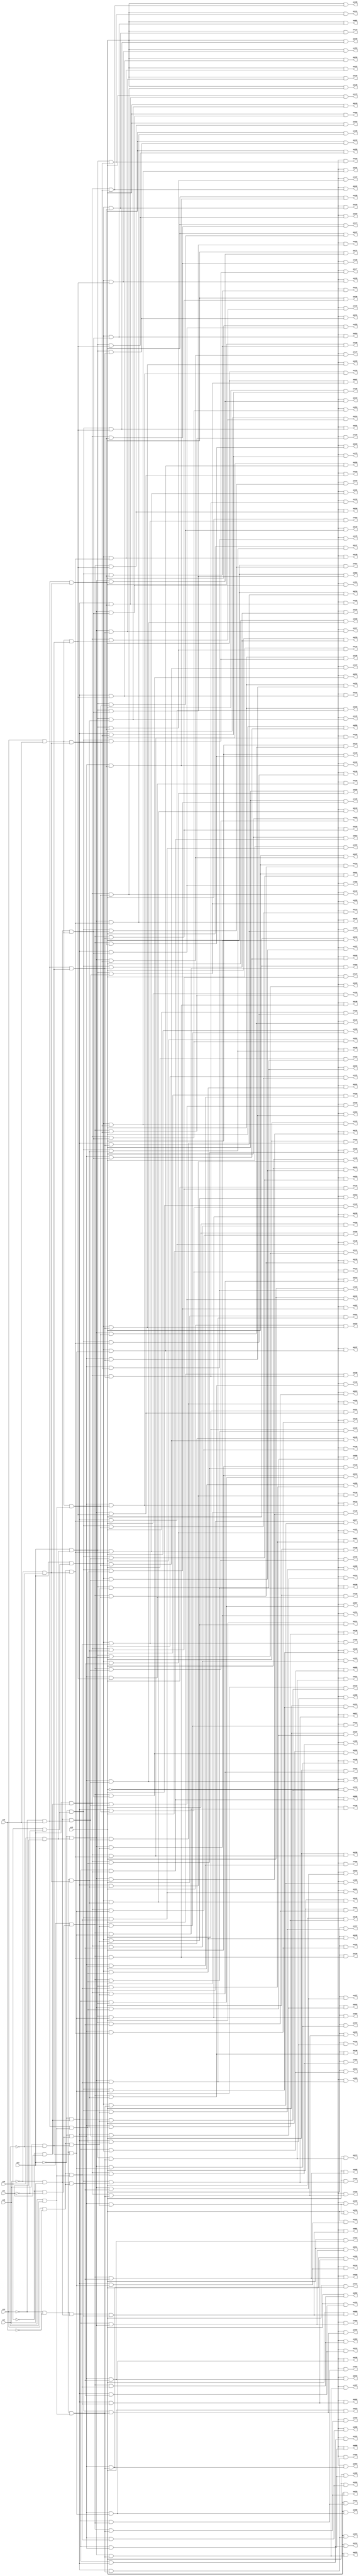
module dec_best_speed (
        pi0, pi1, pi2, pi3, pi4, pi5, pi6, pi7, 
        po000, po001, po002, po003, po004, po005, po006, po007, po008, po009, po010, po011, po012, po013, po014, po015, po016, po017, po018, po019, po020, po021, po022, po023, po024, po025, po026, po027, po028, po029, po030, po031, po032, po033, po034, po035, po036, po037, po038, po039, po040, po041, po042, po043, po044, po045, po046, po047, po048, po049, po050, po051, po052, po053, po054, po055, po056, po057, po058, po059, po060, po061, po062, po063, po064, po065, po066, po067, po068, po069, po070, po071, po072, po073, po074, po075, po076, po077, po078, po079, po080, po081, po082, po083, po084, po085, po086, po087, po088, po089, po090, po091, po092, po093, po094, po095, po096, po097, po098, po099, po100, po101, po102, po103, po104, po105, po106, po107, po108, po109, po110, po111, po112, po113, po114, po115, po116, po117, po118, po119, po120, po121, po122, po123, po124, po125, po126, po127, po128, po129, po130, po131, po132, po133, po134, po135, po136, po137, po138, po139, po140, po141, po142, po143, po144, po145, po146, po147, po148, po149, po150, po151, po152, po153, po154, po155, po156, po157, po158, po159, po160, po161, po162, po163, po164, po165, po166, po167, po168, po169, po170, po171, po172, po173, po174, po175, po176, po177, po178, po179, po180, po181, po182, po183, po184, po185, po186, po187, po188, po189, po190, po191, po192, po193, po194, po195, po196, po197, po198, po199, po200, po201, po202, po203, po204, po205, po206, po207, po208, po209, po210, po211, po212, po213, po214, po215, po216, po217, po218, po219, po220, po221, po222, po223, po224, po225, po226, po227, po228, po229, po230, po231, po232, po233, po234, po235, po236, po237, po238, po239, po240, po241, po242, po243, po244, po245, po246, po247, po248, po249, po250, po251, po252, po253, po254, po255);
input pi0, pi1, pi2, pi3, pi4, pi5, pi6, pi7;
output po000, po001, po002, po003, po004, po005, po006, po007, po008, po009, po010, po011, po012, po013, po014, po015, po016, po017, po018, po019, po020, po021, po022, po023, po024, po025, po026, po027, po028, po029, po030, po031, po032, po033, po034, po035, po036, po037, po038, po039, po040, po041, po042, po043, po044, po045, po046, po047, po048, po049, po050, po051, po052, po053, po054, po055, po056, po057, po058, po059, po060, po061, po062, po063, po064, po065, po066, po067, po068, po069, po070, po071, po072, po073, po074, po075, po076, po077, po078, po079, po080, po081, po082, po083, po084, po085, po086, po087, po088, po089, po090, po091, po092, po093, po094, po095, po096, po097, po098, po099, po100, po101, po102, po103, po104, po105, po106, po107, po108, po109, po110, po111, po112, po113, po114, po115, po116, po117, po118, po119, po120, po121, po122, po123, po124, po125, po126, po127, po128, po129, po130, po131, po132, po133, po134, po135, po136, po137, po138, po139, po140, po141, po142, po143, po144, po145, po146, po147, po148, po149, po150, po151, po152, po153, po154, po155, po156, po157, po158, po159, po160, po161, po162, po163, po164, po165, po166, po167, po168, po169, po170, po171, po172, po173, po174, po175, po176, po177, po178, po179, po180, po181, po182, po183, po184, po185, po186, po187, po188, po189, po190, po191, po192, po193, po194, po195, po196, po197, po198, po199, po200, po201, po202, po203, po204, po205, po206, po207, po208, po209, po210, po211, po212, po213, po214, po215, po216, po217, po218, po219, po220, po221, po222, po223, po224, po225, po226, po227, po228, po229, po230, po231, po232, po233, po234, po235, po236, po237, po238, po239, po240, po241, po242, po243, po244, po245, po246, po247, po248, po249, po250, po251, po252, po253, po254, po255;
wire one, w0, w1, w2, w3, w4, w5, w6, w7, w8, w9, w10, w11, w12, w13, w14, w15, w16, w17, w18, w19, w20, w21, w22, w23, w24, w25, w26, w27, w28, w29, w30, w31, w32, w33, w34, w35, w36, w37, w38, w39, w40, w41, w42, w43, w44, w45, w46, w47, w48, w49, w50, w51, w52, w53, w54, w55, w56, w57, w58, w59, w60, w61, w62, w63, w64, w65, w66, w67, w68, w69, w70, w71, w72, w73, w74, w75, w76, w77, w78, w79, w80, w81, w82, w83, w84, w85, w86, w87, w88, w89, w90, w91, w92, w93, w94, w95, w96, w97, w98, w99, w100, w101, w102, w103, w104, w105, w106, w107, w108, w109, w110, w111, w112, w113, w114, w115, w116, w117, w118, w119, w120, w121, w122, w123, w124, w125, w126, w127, w128, w129, w130, w131, w132, w133, w134, w135, w136, w137, w138, w139, w140, w141, w142, w143, w144, w145, w146, w147, w148, w149, w150, w151, w152, w153, w154, w155, w156, w157, w158, w159, w160, w161, w162, w163, w164, w165, w166, w167, w168, w169, w170, w171, w172, w173, w174, w175, w176, w177, w178, w179, w180, w181, w182, w183, w184, w185, w186, w187, w188, w189, w190, w191, w192, w193, w194, w195, w196, w197, w198, w199, w200, w201, w202, w203, w204, w205, w206, w207, w208, w209, w210, w211, w212, w213, w214, w215, w216, w217, w218, w219, w220, w221, w222, w223, w224, w225, w226, w227, w228, w229, w230, w231, w232, w233, w234, w235, w236, w237, w238, w239, w240, w241, w242, w243, w244, w245, w246, w247, w248, w249, w250, w251, w252, w253, w254, w255, w256, w257, w258, w259, w260, w261, w262, w263, w264, w265, w266, w267, w268, w269, w270, w271, w272, w273, w274, w275, w276, w277, w278, w279, w280, w281, w282, w283, w284, w285, w286, w287, w288, w289, w290, w291, w292, w293, w294, w295, w296, w297, w298, w299, w300, w301, w302, w303, w304, w305, w306, w307, w308, w309, w310, w311, w312, w313, w314, w315, w316, w317, w318, w319, w320, w321, w322, w323, w324, w325, w326, w327, w328, w329, w330, w331, w332, w333, w334, w335, w336, w337, w338, w339, w340, w341, w342, w343, w344, w345, w346, w347, w348, w349, w350, w351, w352, w353, w354, w355, w356, w357, w358, w359, w360, w361, w362, w363, w364, w365, w366, w367, w368, w369, w370, w371, w372, w373, w374, w375, w376, w377, w378, w379, w380, w381, w382, w383, w384, w385, w386, w387, w388, w389, w390, w391, w392, w393, w394, w395, w396, w397, w398, w399, w400, w401, w402, w403, w404, w405, w406, w407, w408, w409, w410, w411, w412, w413, w414, w415, w416, w417, w418, w419;
assign w0 = ~pi4 & ~pi5;
assign w1 = ~pi6 & pi7;
assign w2 = w0 & w1;
assign w3 = ~pi0 & ~pi1;
assign w4 = ~pi2 & w3;
assign w5 = w2 & w4;
assign w6 = ~pi3 & w5;
assign w7 = pi0 & ~pi1;
assign w8 = ~pi2 & w7;
assign w9 = w2 & w8;
assign w10 = ~pi3 & w9;
assign w11 = ~pi0 & pi1;
assign w12 = ~pi2 & w11;
assign w13 = w2 & w12;
assign w14 = ~pi3 & w13;
assign w15 = pi0 & pi1;
assign w16 = ~pi2 & w15;
assign w17 = w2 & w16;
assign w18 = ~pi3 & w17;
assign w19 = pi2 & w3;
assign w20 = w2 & w19;
assign w21 = ~pi3 & w20;
assign w22 = pi2 & w7;
assign w23 = w2 & w22;
assign w24 = ~pi3 & w23;
assign w25 = pi2 & w11;
assign w26 = w2 & w25;
assign w27 = ~pi3 & w26;
assign w28 = pi2 & w15;
assign w29 = w2 & w28;
assign w30 = ~pi3 & w29;
assign w31 = pi3 & w5;
assign w32 = pi3 & w9;
assign w33 = pi3 & w13;
assign w34 = pi3 & w17;
assign w35 = pi3 & w20;
assign w36 = pi3 & w23;
assign w37 = pi3 & w26;
assign w38 = pi3 & w29;
assign w39 = pi4 & ~pi5;
assign w40 = w1 & w39;
assign w41 = w4 & w40;
assign w42 = ~pi3 & w41;
assign w43 = w8 & w40;
assign w44 = ~pi3 & w43;
assign w45 = w12 & w40;
assign w46 = ~pi3 & w45;
assign w47 = w16 & w40;
assign w48 = ~pi3 & w47;
assign w49 = w19 & w40;
assign w50 = ~pi3 & w49;
assign w51 = w22 & w40;
assign w52 = ~pi3 & w51;
assign w53 = w25 & w40;
assign w54 = ~pi3 & w53;
assign w55 = w28 & w40;
assign w56 = ~pi3 & w55;
assign w57 = pi3 & w41;
assign w58 = pi3 & w43;
assign w59 = pi3 & w45;
assign w60 = pi3 & w47;
assign w61 = pi3 & w49;
assign w62 = pi3 & w51;
assign w63 = pi3 & w53;
assign w64 = pi3 & w55;
assign w65 = ~pi4 & pi5;
assign w66 = w1 & w65;
assign w67 = w4 & w66;
assign w68 = ~pi3 & w67;
assign w69 = w8 & w66;
assign w70 = ~pi3 & w69;
assign w71 = w12 & w66;
assign w72 = ~pi3 & w71;
assign w73 = w16 & w66;
assign w74 = ~pi3 & w73;
assign w75 = w19 & w66;
assign w76 = ~pi3 & w75;
assign w77 = w22 & w66;
assign w78 = ~pi3 & w77;
assign w79 = w25 & w66;
assign w80 = ~pi3 & w79;
assign w81 = w28 & w66;
assign w82 = ~pi3 & w81;
assign w83 = pi3 & w67;
assign w84 = pi3 & w69;
assign w85 = pi3 & w71;
assign w86 = pi3 & w73;
assign w87 = pi3 & w75;
assign w88 = pi3 & w77;
assign w89 = pi3 & w79;
assign w90 = pi3 & w81;
assign w91 = pi4 & pi5;
assign w92 = w1 & w91;
assign w93 = w4 & w92;
assign w94 = ~pi3 & w93;
assign w95 = w8 & w92;
assign w96 = ~pi3 & w95;
assign w97 = w12 & w92;
assign w98 = ~pi3 & w97;
assign w99 = w16 & w92;
assign w100 = ~pi3 & w99;
assign w101 = w19 & w92;
assign w102 = ~pi3 & w101;
assign w103 = w22 & w92;
assign w104 = ~pi3 & w103;
assign w105 = w25 & w92;
assign w106 = ~pi3 & w105;
assign w107 = w28 & w92;
assign w108 = ~pi3 & w107;
assign w109 = pi3 & w93;
assign w110 = pi3 & w95;
assign w111 = pi3 & w97;
assign w112 = pi3 & w99;
assign w113 = pi3 & w101;
assign w114 = pi3 & w103;
assign w115 = pi3 & w105;
assign w116 = pi3 & w107;
assign w117 = pi6 & pi7;
assign w118 = w0 & w117;
assign w119 = w4 & w118;
assign w120 = ~pi3 & w119;
assign w121 = w8 & w118;
assign w122 = ~pi3 & w121;
assign w123 = w12 & w118;
assign w124 = ~pi3 & w123;
assign w125 = w16 & w118;
assign w126 = ~pi3 & w125;
assign w127 = w19 & w118;
assign w128 = ~pi3 & w127;
assign w129 = w22 & w118;
assign w130 = ~pi3 & w129;
assign w131 = w25 & w118;
assign w132 = ~pi3 & w131;
assign w133 = w28 & w118;
assign w134 = ~pi3 & w133;
assign w135 = pi3 & w119;
assign w136 = pi3 & w121;
assign w137 = pi3 & w123;
assign w138 = pi3 & w125;
assign w139 = pi3 & w127;
assign w140 = pi3 & w129;
assign w141 = pi3 & w131;
assign w142 = pi3 & w133;
assign w143 = w39 & w117;
assign w144 = w4 & w143;
assign w145 = ~pi3 & w144;
assign w146 = w8 & w143;
assign w147 = ~pi3 & w146;
assign w148 = w12 & w143;
assign w149 = ~pi3 & w148;
assign w150 = w16 & w143;
assign w151 = ~pi3 & w150;
assign w152 = w19 & w143;
assign w153 = ~pi3 & w152;
assign w154 = w22 & w143;
assign w155 = ~pi3 & w154;
assign w156 = w25 & w143;
assign w157 = ~pi3 & w156;
assign w158 = w28 & w143;
assign w159 = ~pi3 & w158;
assign w160 = pi3 & w144;
assign w161 = pi3 & w146;
assign w162 = pi3 & w148;
assign w163 = pi3 & w150;
assign w164 = pi3 & w152;
assign w165 = pi3 & w154;
assign w166 = pi3 & w156;
assign w167 = pi3 & w158;
assign w168 = w65 & w117;
assign w169 = w4 & w168;
assign w170 = ~pi3 & w169;
assign w171 = w8 & w168;
assign w172 = ~pi3 & w171;
assign w173 = w12 & w168;
assign w174 = ~pi3 & w173;
assign w175 = w16 & w168;
assign w176 = ~pi3 & w175;
assign w177 = w19 & w168;
assign w178 = ~pi3 & w177;
assign w179 = w22 & w168;
assign w180 = ~pi3 & w179;
assign w181 = w25 & w168;
assign w182 = ~pi3 & w181;
assign w183 = w28 & w168;
assign w184 = ~pi3 & w183;
assign w185 = pi3 & w169;
assign w186 = pi3 & w171;
assign w187 = pi3 & w173;
assign w188 = pi3 & w175;
assign w189 = pi3 & w177;
assign w190 = pi3 & w179;
assign w191 = pi3 & w181;
assign w192 = pi3 & w183;
assign w193 = w91 & w117;
assign w194 = w4 & w193;
assign w195 = ~pi3 & w194;
assign w196 = w8 & w193;
assign w197 = ~pi3 & w196;
assign w198 = w12 & w193;
assign w199 = ~pi3 & w198;
assign w200 = w16 & w193;
assign w201 = ~pi3 & w200;
assign w202 = w19 & w193;
assign w203 = ~pi3 & w202;
assign w204 = w22 & w193;
assign w205 = ~pi3 & w204;
assign w206 = w25 & w193;
assign w207 = ~pi3 & w206;
assign w208 = w28 & w193;
assign w209 = ~pi3 & w208;
assign w210 = pi3 & w194;
assign w211 = pi3 & w196;
assign w212 = pi3 & w198;
assign w213 = pi3 & w200;
assign w214 = pi3 & w202;
assign w215 = pi3 & w204;
assign w216 = pi3 & w206;
assign w217 = pi3 & w208;
assign w218 = ~pi6 & ~pi7;
assign w219 = w0 & w218;
assign w220 = w4 & w219;
assign w221 = ~pi3 & w220;
assign w222 = w8 & w219;
assign w223 = ~pi3 & w222;
assign w224 = w12 & w219;
assign w225 = ~pi3 & w224;
assign w226 = w16 & w219;
assign w227 = ~pi3 & w226;
assign w228 = w19 & w219;
assign w229 = ~pi3 & w228;
assign w230 = w22 & w219;
assign w231 = ~pi3 & w230;
assign w232 = w25 & w219;
assign w233 = ~pi3 & w232;
assign w234 = w28 & w219;
assign w235 = ~pi3 & w234;
assign w236 = pi3 & w220;
assign w237 = pi3 & w222;
assign w238 = pi3 & w224;
assign w239 = pi3 & w226;
assign w240 = pi3 & w228;
assign w241 = pi3 & w230;
assign w242 = pi3 & w232;
assign w243 = pi3 & w234;
assign w244 = w39 & w218;
assign w245 = w4 & w244;
assign w246 = ~pi3 & w245;
assign w247 = w8 & w244;
assign w248 = ~pi3 & w247;
assign w249 = w12 & w244;
assign w250 = ~pi3 & w249;
assign w251 = w16 & w244;
assign w252 = ~pi3 & w251;
assign w253 = w19 & w244;
assign w254 = ~pi3 & w253;
assign w255 = w22 & w244;
assign w256 = ~pi3 & w255;
assign w257 = w25 & w244;
assign w258 = ~pi3 & w257;
assign w259 = w28 & w244;
assign w260 = ~pi3 & w259;
assign w261 = pi3 & w245;
assign w262 = pi3 & w247;
assign w263 = pi3 & w249;
assign w264 = pi3 & w251;
assign w265 = pi3 & w253;
assign w266 = pi3 & w255;
assign w267 = pi3 & w257;
assign w268 = pi3 & w259;
assign w269 = w65 & w218;
assign w270 = w4 & w269;
assign w271 = ~pi3 & w270;
assign w272 = w8 & w269;
assign w273 = ~pi3 & w272;
assign w274 = w12 & w269;
assign w275 = ~pi3 & w274;
assign w276 = w16 & w269;
assign w277 = ~pi3 & w276;
assign w278 = w19 & w269;
assign w279 = ~pi3 & w278;
assign w280 = w22 & w269;
assign w281 = ~pi3 & w280;
assign w282 = w25 & w269;
assign w283 = ~pi3 & w282;
assign w284 = w28 & w269;
assign w285 = ~pi3 & w284;
assign w286 = pi3 & w270;
assign w287 = pi3 & w272;
assign w288 = pi3 & w274;
assign w289 = pi3 & w276;
assign w290 = pi3 & w278;
assign w291 = pi3 & w280;
assign w292 = pi3 & w282;
assign w293 = pi3 & w284;
assign w294 = w91 & w218;
assign w295 = w4 & w294;
assign w296 = ~pi3 & w295;
assign w297 = w8 & w294;
assign w298 = ~pi3 & w297;
assign w299 = w12 & w294;
assign w300 = ~pi3 & w299;
assign w301 = w16 & w294;
assign w302 = ~pi3 & w301;
assign w303 = w19 & w294;
assign w304 = ~pi3 & w303;
assign w305 = w22 & w294;
assign w306 = ~pi3 & w305;
assign w307 = w25 & w294;
assign w308 = ~pi3 & w307;
assign w309 = w28 & w294;
assign w310 = ~pi3 & w309;
assign w311 = pi3 & w295;
assign w312 = pi3 & w297;
assign w313 = pi3 & w299;
assign w314 = pi3 & w301;
assign w315 = pi3 & w303;
assign w316 = pi3 & w305;
assign w317 = pi3 & w307;
assign w318 = pi3 & w309;
assign w319 = pi6 & ~pi7;
assign w320 = w0 & w319;
assign w321 = w4 & w320;
assign w322 = ~pi3 & w321;
assign w323 = w8 & w320;
assign w324 = ~pi3 & w323;
assign w325 = w12 & w320;
assign w326 = ~pi3 & w325;
assign w327 = w16 & w320;
assign w328 = ~pi3 & w327;
assign w329 = w19 & w320;
assign w330 = ~pi3 & w329;
assign w331 = w22 & w320;
assign w332 = ~pi3 & w331;
assign w333 = w25 & w320;
assign w334 = ~pi3 & w333;
assign w335 = w28 & w320;
assign w336 = ~pi3 & w335;
assign w337 = pi3 & w321;
assign w338 = pi3 & w323;
assign w339 = pi3 & w325;
assign w340 = pi3 & w327;
assign w341 = pi3 & w329;
assign w342 = pi3 & w331;
assign w343 = pi3 & w333;
assign w344 = pi3 & w335;
assign w345 = w39 & w319;
assign w346 = w4 & w345;
assign w347 = ~pi3 & w346;
assign w348 = w8 & w345;
assign w349 = ~pi3 & w348;
assign w350 = w12 & w345;
assign w351 = ~pi3 & w350;
assign w352 = w16 & w345;
assign w353 = ~pi3 & w352;
assign w354 = w19 & w345;
assign w355 = ~pi3 & w354;
assign w356 = w22 & w345;
assign w357 = ~pi3 & w356;
assign w358 = w25 & w345;
assign w359 = ~pi3 & w358;
assign w360 = w28 & w345;
assign w361 = ~pi3 & w360;
assign w362 = pi3 & w346;
assign w363 = pi3 & w348;
assign w364 = pi3 & w350;
assign w365 = pi3 & w352;
assign w366 = pi3 & w354;
assign w367 = pi3 & w356;
assign w368 = pi3 & w358;
assign w369 = pi3 & w360;
assign w370 = w65 & w319;
assign w371 = w4 & w370;
assign w372 = ~pi3 & w371;
assign w373 = w8 & w370;
assign w374 = ~pi3 & w373;
assign w375 = w12 & w370;
assign w376 = ~pi3 & w375;
assign w377 = w16 & w370;
assign w378 = ~pi3 & w377;
assign w379 = w19 & w370;
assign w380 = ~pi3 & w379;
assign w381 = w22 & w370;
assign w382 = ~pi3 & w381;
assign w383 = w25 & w370;
assign w384 = ~pi3 & w383;
assign w385 = w28 & w370;
assign w386 = ~pi3 & w385;
assign w387 = pi3 & w371;
assign w388 = pi3 & w373;
assign w389 = pi3 & w375;
assign w390 = pi3 & w377;
assign w391 = pi3 & w379;
assign w392 = pi3 & w381;
assign w393 = pi3 & w383;
assign w394 = pi3 & w385;
assign w395 = w91 & w319;
assign w396 = w4 & w395;
assign w397 = ~pi3 & w396;
assign w398 = w8 & w395;
assign w399 = ~pi3 & w398;
assign w400 = w12 & w395;
assign w401 = ~pi3 & w400;
assign w402 = w16 & w395;
assign w403 = ~pi3 & w402;
assign w404 = w19 & w395;
assign w405 = ~pi3 & w404;
assign w406 = w22 & w395;
assign w407 = ~pi3 & w406;
assign w408 = w25 & w395;
assign w409 = ~pi3 & w408;
assign w410 = w28 & w395;
assign w411 = ~pi3 & w410;
assign w412 = pi3 & w396;
assign w413 = pi3 & w398;
assign w414 = pi3 & w400;
assign w415 = pi3 & w402;
assign w416 = pi3 & w404;
assign w417 = pi3 & w406;
assign w418 = pi3 & w408;
assign w419 = pi3 & w410;
assign one = 1;
assign po000 = w6;
assign po001 = w10;
assign po002 = w14;
assign po003 = w18;
assign po004 = w21;
assign po005 = w24;
assign po006 = w27;
assign po007 = w30;
assign po008 = w31;
assign po009 = w32;
assign po010 = w33;
assign po011 = w34;
assign po012 = w35;
assign po013 = w36;
assign po014 = w37;
assign po015 = w38;
assign po016 = w42;
assign po017 = w44;
assign po018 = w46;
assign po019 = w48;
assign po020 = w50;
assign po021 = w52;
assign po022 = w54;
assign po023 = w56;
assign po024 = w57;
assign po025 = w58;
assign po026 = w59;
assign po027 = w60;
assign po028 = w61;
assign po029 = w62;
assign po030 = w63;
assign po031 = w64;
assign po032 = w68;
assign po033 = w70;
assign po034 = w72;
assign po035 = w74;
assign po036 = w76;
assign po037 = w78;
assign po038 = w80;
assign po039 = w82;
assign po040 = w83;
assign po041 = w84;
assign po042 = w85;
assign po043 = w86;
assign po044 = w87;
assign po045 = w88;
assign po046 = w89;
assign po047 = w90;
assign po048 = w94;
assign po049 = w96;
assign po050 = w98;
assign po051 = w100;
assign po052 = w102;
assign po053 = w104;
assign po054 = w106;
assign po055 = w108;
assign po056 = w109;
assign po057 = w110;
assign po058 = w111;
assign po059 = w112;
assign po060 = w113;
assign po061 = w114;
assign po062 = w115;
assign po063 = w116;
assign po064 = w120;
assign po065 = w122;
assign po066 = w124;
assign po067 = w126;
assign po068 = w128;
assign po069 = w130;
assign po070 = w132;
assign po071 = w134;
assign po072 = w135;
assign po073 = w136;
assign po074 = w137;
assign po075 = w138;
assign po076 = w139;
assign po077 = w140;
assign po078 = w141;
assign po079 = w142;
assign po080 = w145;
assign po081 = w147;
assign po082 = w149;
assign po083 = w151;
assign po084 = w153;
assign po085 = w155;
assign po086 = w157;
assign po087 = w159;
assign po088 = w160;
assign po089 = w161;
assign po090 = w162;
assign po091 = w163;
assign po092 = w164;
assign po093 = w165;
assign po094 = w166;
assign po095 = w167;
assign po096 = w170;
assign po097 = w172;
assign po098 = w174;
assign po099 = w176;
assign po100 = w178;
assign po101 = w180;
assign po102 = w182;
assign po103 = w184;
assign po104 = w185;
assign po105 = w186;
assign po106 = w187;
assign po107 = w188;
assign po108 = w189;
assign po109 = w190;
assign po110 = w191;
assign po111 = w192;
assign po112 = w195;
assign po113 = w197;
assign po114 = w199;
assign po115 = w201;
assign po116 = w203;
assign po117 = w205;
assign po118 = w207;
assign po119 = w209;
assign po120 = w210;
assign po121 = w211;
assign po122 = w212;
assign po123 = w213;
assign po124 = w214;
assign po125 = w215;
assign po126 = w216;
assign po127 = w217;
assign po128 = w221;
assign po129 = w223;
assign po130 = w225;
assign po131 = w227;
assign po132 = w229;
assign po133 = w231;
assign po134 = w233;
assign po135 = w235;
assign po136 = w236;
assign po137 = w237;
assign po138 = w238;
assign po139 = w239;
assign po140 = w240;
assign po141 = w241;
assign po142 = w242;
assign po143 = w243;
assign po144 = w246;
assign po145 = w248;
assign po146 = w250;
assign po147 = w252;
assign po148 = w254;
assign po149 = w256;
assign po150 = w258;
assign po151 = w260;
assign po152 = w261;
assign po153 = w262;
assign po154 = w263;
assign po155 = w264;
assign po156 = w265;
assign po157 = w266;
assign po158 = w267;
assign po159 = w268;
assign po160 = w271;
assign po161 = w273;
assign po162 = w275;
assign po163 = w277;
assign po164 = w279;
assign po165 = w281;
assign po166 = w283;
assign po167 = w285;
assign po168 = w286;
assign po169 = w287;
assign po170 = w288;
assign po171 = w289;
assign po172 = w290;
assign po173 = w291;
assign po174 = w292;
assign po175 = w293;
assign po176 = w296;
assign po177 = w298;
assign po178 = w300;
assign po179 = w302;
assign po180 = w304;
assign po181 = w306;
assign po182 = w308;
assign po183 = w310;
assign po184 = w311;
assign po185 = w312;
assign po186 = w313;
assign po187 = w314;
assign po188 = w315;
assign po189 = w316;
assign po190 = w317;
assign po191 = w318;
assign po192 = w322;
assign po193 = w324;
assign po194 = w326;
assign po195 = w328;
assign po196 = w330;
assign po197 = w332;
assign po198 = w334;
assign po199 = w336;
assign po200 = w337;
assign po201 = w338;
assign po202 = w339;
assign po203 = w340;
assign po204 = w341;
assign po205 = w342;
assign po206 = w343;
assign po207 = w344;
assign po208 = w347;
assign po209 = w349;
assign po210 = w351;
assign po211 = w353;
assign po212 = w355;
assign po213 = w357;
assign po214 = w359;
assign po215 = w361;
assign po216 = w362;
assign po217 = w363;
assign po218 = w364;
assign po219 = w365;
assign po220 = w366;
assign po221 = w367;
assign po222 = w368;
assign po223 = w369;
assign po224 = w372;
assign po225 = w374;
assign po226 = w376;
assign po227 = w378;
assign po228 = w380;
assign po229 = w382;
assign po230 = w384;
assign po231 = w386;
assign po232 = w387;
assign po233 = w388;
assign po234 = w389;
assign po235 = w390;
assign po236 = w391;
assign po237 = w392;
assign po238 = w393;
assign po239 = w394;
assign po240 = w397;
assign po241 = w399;
assign po242 = w401;
assign po243 = w403;
assign po244 = w405;
assign po245 = w407;
assign po246 = w409;
assign po247 = w411;
assign po248 = w412;
assign po249 = w413;
assign po250 = w414;
assign po251 = w415;
assign po252 = w416;
assign po253 = w417;
assign po254 = w418;
assign po255 = w419;
endmodule